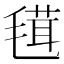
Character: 𣯏